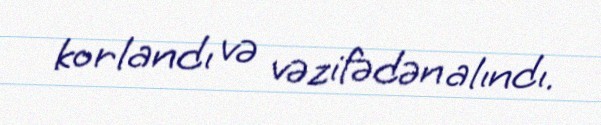
korlandı və vəzifədən alındı.